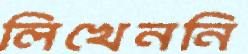
লিখেননি